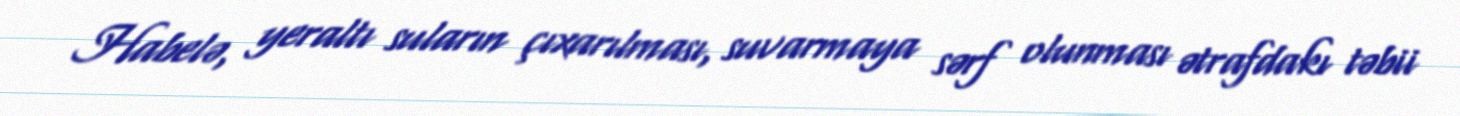
Habelə, yeraltı suların çıxarılması, suvarmaya sərf olunması ətrafdakı təbii